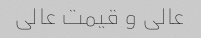
عالی و قیمت عالی